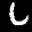
Label: 6